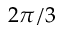
2 \pi / 3